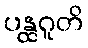
ပန္ထဂူတိ